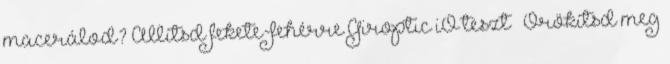
macerálod? Állítsd fekete-fehérre Giroptic iO teszt – Örökítsd meg